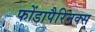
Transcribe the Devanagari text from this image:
फोंडापैरिनक्स